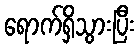
ရောက်ရှိသွားပြီး